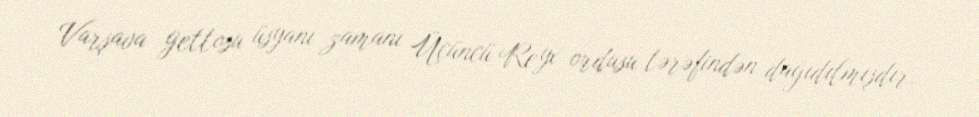
Varşava gettosu üsyanı zamanı Üçüncü Reyx ordusu tərəfindən dağıdılmışdır.